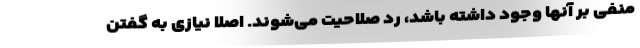
منفی بر آنها وجود داشته باشد، رد صلاحیت می‌شوند. اصلا نیازی به گفتن